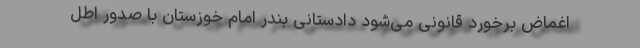
اغماض برخورد قانونی می‌شود دادستانی بندر امام خوزستان با صدور اطل